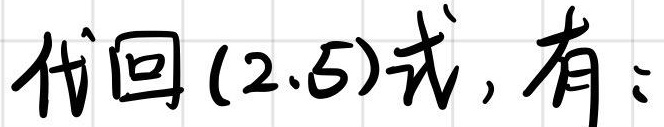
代回(2.5)式, 有: